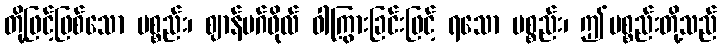
တို့ဖြင့်ဖြစ်သော ပစ္စည်း၊ ဈာန်မဂ်ဖိုလ် ဝါကြွားခြင်းဖြင့် ရသော ပစ္စည်း၊ ဤပစ္စည်းတို့သည်